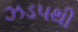
ઝડ૫થી